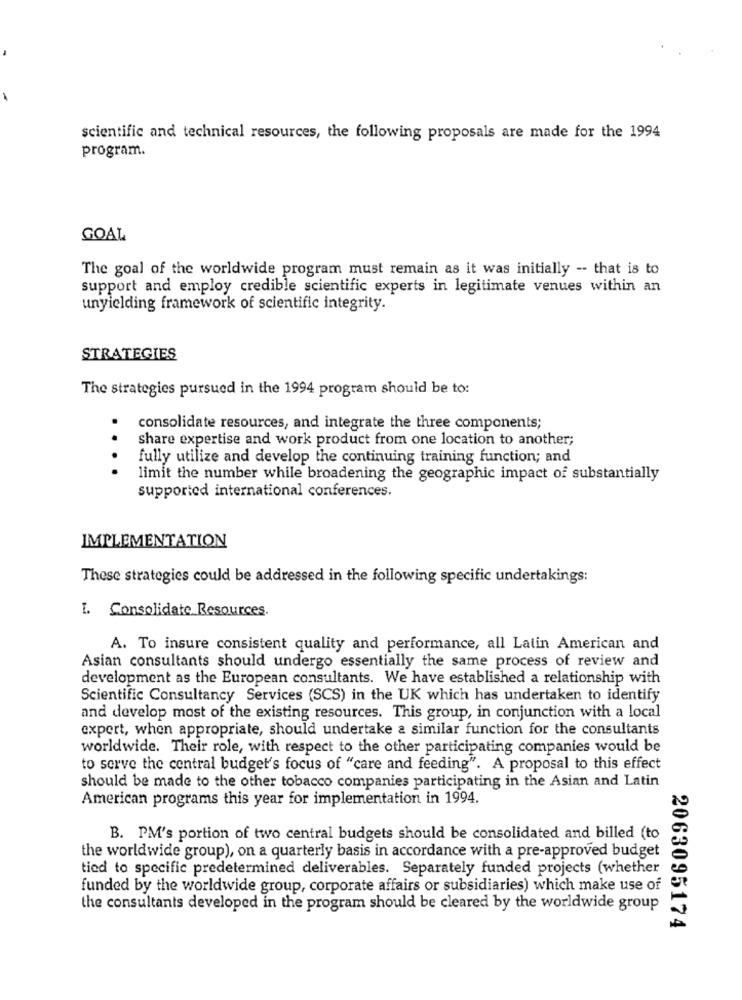
scientific and technical resources, the following proposals are made for the 1994
program.
GOAL
The goal of the worldwide program must remain as it was initially -- that is to
support and employ credible scientific experts in legitimate venues within an
unyielding framework of scientific integrity.
STRATEGIES
The strategies pursued in the 1994 program should be to:
consolidate resources, and integrate the three components;
share expertise and work product from one location to another;
fully utilize and develop the continuing training function; and
....
limit the number while broadening the geographic impact of substantially
supported international conferences.
IMPLEMENTATION
These strategies could be addressed in the following specific undertakings:
. Consolidate Resources.
A. To insure consistent quality and performance, all Latin American and
Asian consultants should undergo essentially the same process of review and
development as the European consultants. We have established a relationship with
Scientific Consultancy Services (SCS) in the UK which has undertaken to identify
and develop most of the existing resources. This group, in conjunction with a local
expert, when appropriate, should undertake a similar function for the consultants
worldwide. Their role, with respect to the other participating companies would be
to serve the central budget's focus of "care and feeding". A proposal to this effect
should be made to the other tobacco companies participating in the Asian and Latin
American programs this year for implementation in 1994.
B. PM's portion of two central budgets should be consolidated and billed (to
the worldwide group), on a quarterly basis in accordance with a pre-approved budget
tied to specific predetermined deliverables. Separately funded projects (whether
funded by the worldwide group, corporate affairs or subsidiaries) which make use of
the consultants developed in the program should be cleared by the worldwide group
2063095174